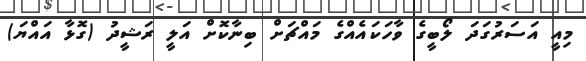
މިއީ އަސަރުގަދަ ލޯބީގެ ވާހަކައެއްގެ މައްޗަށް ބިނާކޮށް އަލީ ރަޝީދު (ގޮޅާ އައްޔަ)